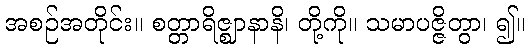
အစဉ်အတိုင်း။ စတ္တာရိဇ္ဈာနာနိ၊ တို့ကို။ သမာပဇ္ဇိတွာ၊ ၍။